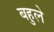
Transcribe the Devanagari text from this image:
बहुले